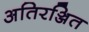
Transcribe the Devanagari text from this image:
अतिरञ्जित